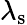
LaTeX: \lambda_{\mathrm{s}}